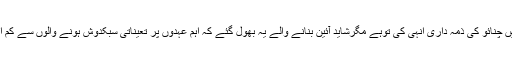
بات بھی درست ہے کیونکہ آئین میں چنائو کی ذمہ داری اُنہی کی توہے مگرشاید آئین بنانے والے یہ بھول گئے کہ اہم عہدوں پر تعیناتی سبکدوش ہونے والوں سے کم ازکم ایک روز قبل ہو جانی چاہیے ۔